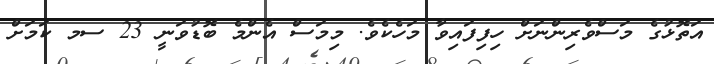
އަތޮޅުގެ މަސްވެރިންނަށް ހިފިފައިވާ މަހެކެވެ. މިމަސް އެންމެ ބޮޑުވަނީ 23 ސމ ކަމަށް